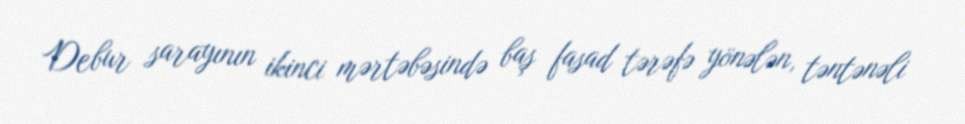
Debur sarayının ikinci mərtəbəsində baş fasad tərəfə yönələn, təntənəli